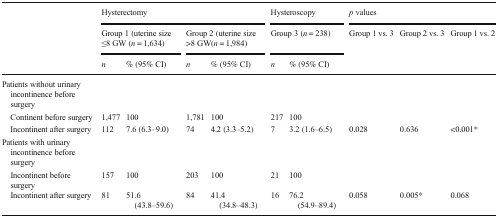
| <ROWSPAN=3>  | <COLSPAN=4> Hysterectomy | <COLSPAN=2> Hysteroscopy | <COLSPAN=3> p values |
 | <COLSPAN=2> Group 1 (uterine size ≤8 GW (n = 1,634) | <COLSPAN=2> Group 2 (uterine size >8 GW(n = 1,984) | <COLSPAN=2> Group 3 (n = 238) | <ROWSPAN=2> Group 1 vs. 3 | <ROWSPAN=2> Group 2 vs. 3 | <ROWSPAN=2> Group 1 vs. 2 |
 | n | % (95% CI) | n | % (95% CI) | n | % (95% CI) |
 | --- | --- | --- | --- | --- | --- | --- | --- | --- | --- |
 | <COLSPAN=10> Patients without urinary incontinence before surgery |
 | Continent before surgery | 1,477 | 100 | 1,781 | 100 | 217 | 100 |  |  |  |
 | Incontinent after surgery | 112 | 7.6 (6.3–9.0) | 74 | 4.2 (3.3–5.2) | 7 | 3.2 (1.6–6.5) | 0.028 | 0.636 | <0.001* |
 | <COLSPAN=10> Patients with urinary incontinence before surgery |
 | Incontinent before surgery | 157 | 100 | 203 | 100 | 21 | 100 |  |  |  |
 | Incontinent after surgery | 81 | 51.6 (43.8–59.6) | 84 | 41.4 (34.8–48.3) | 16 | 76.2 (54.9–89.4) | 0.058 | 0.005* | 0.068 |